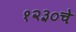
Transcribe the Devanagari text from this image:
१२३०चे